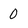
Character: 0